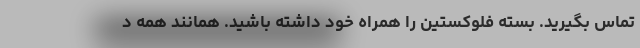
تماس بگیرید. بسته فلوکستین را همراه خود داشته باشید. همانند همه د